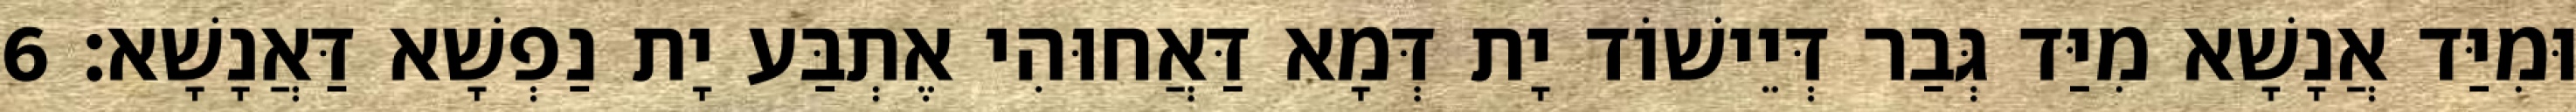
וּמִיַּד אֲנָשָׁא מִיַּד גְּבַר דְּיֵישׁוֹד יָת דְּמָא דַּאֲחוּהִי אֶתְבַּע יָת נַפְשָׁא דַּאֲנָשָׁא׃ 6